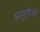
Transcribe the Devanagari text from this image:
अनुभूतींशी